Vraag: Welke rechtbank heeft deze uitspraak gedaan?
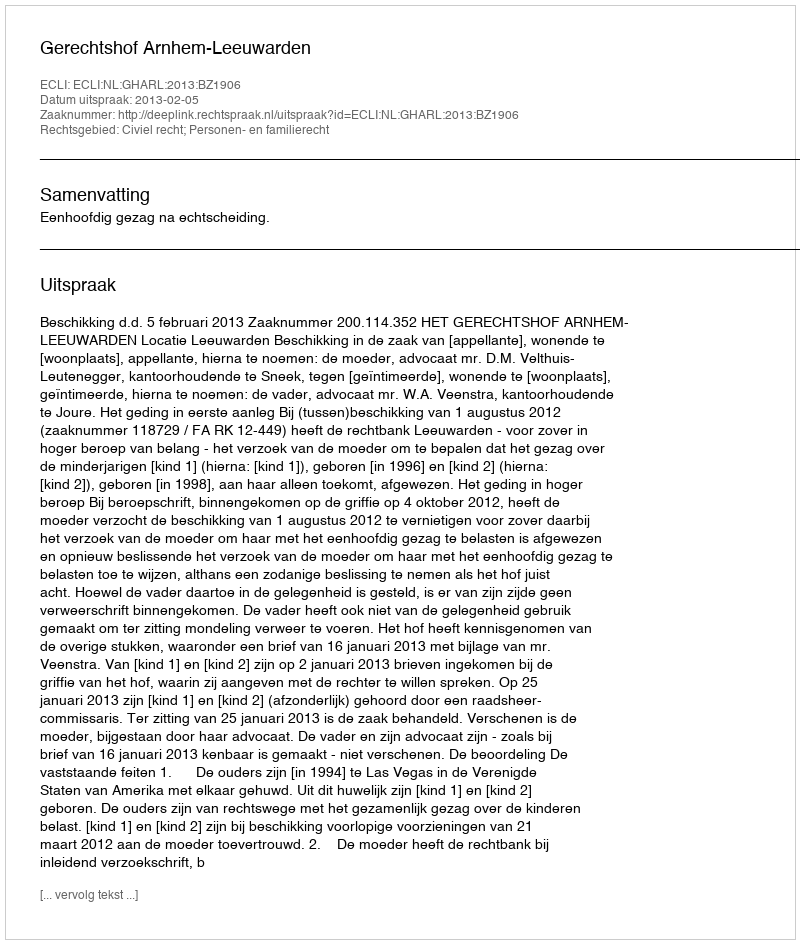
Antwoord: Gerechtshof Arnhem-Leeuwarden